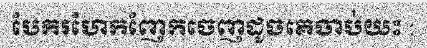
បែករហែកញែកចេញដូចគេចាប់យះ :